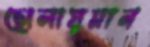
ছোলায়মান